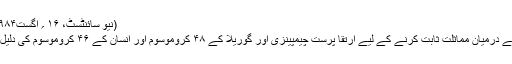
(نیو سائنٹسٹ، ۱۶ ؍ اگست۱۹۸۴ء، صفحہ ۱۹)
انسان اور بندر کے درمیان مماثلت ثابت کرنے کے لیے ارتقا پرست چیمپینزی اور گوریلا کے ۴۸ کروموسوم اور انسان کے ۴۶ کروموسوم کی دلیل پیش کرتے ہیں۔